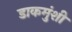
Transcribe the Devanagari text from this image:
डाकमुंशी